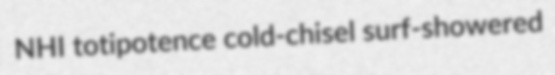
NHI totipotence cold-chisel surf-showered